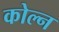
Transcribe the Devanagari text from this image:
कोल्न